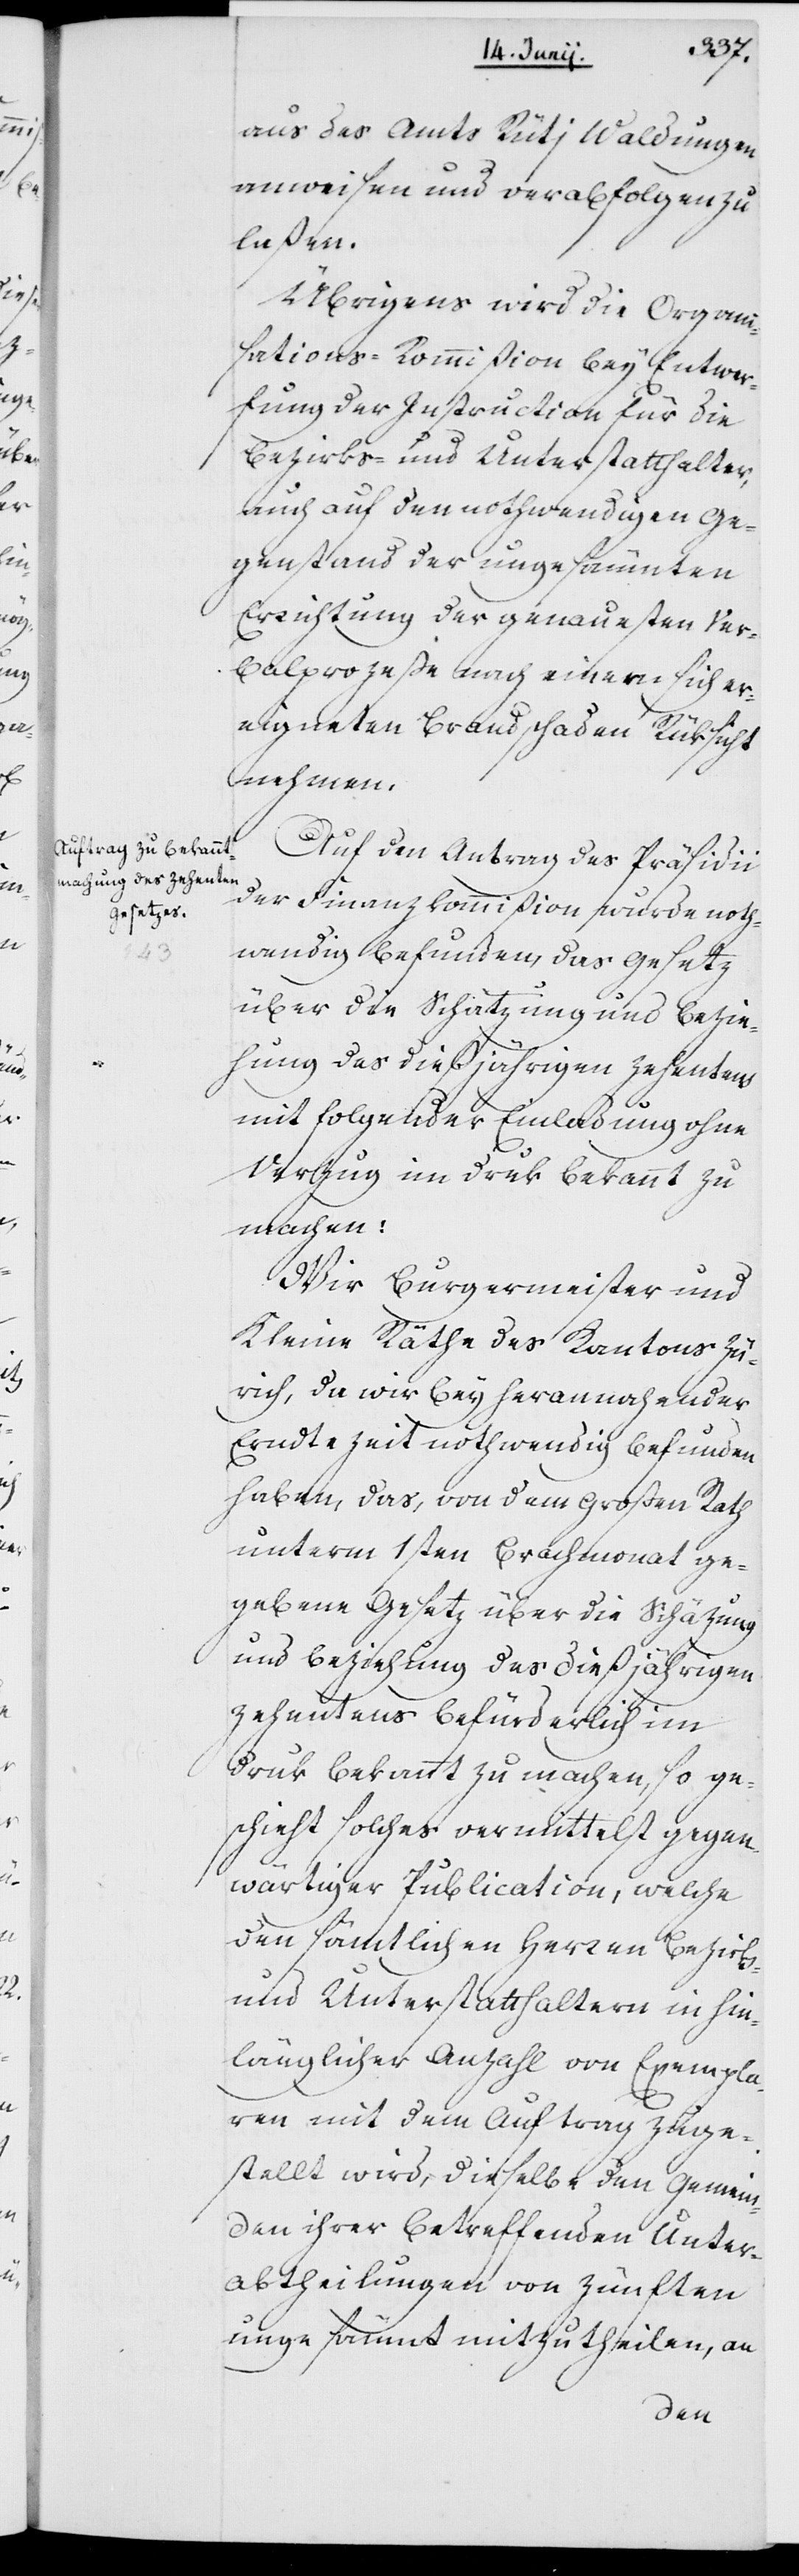
aus des Amts Rütj Waldungen
anweisen und verabfolgen zu
laßen.
Übrigens wird die Organi¬
sations-Kommißion bey Entwer¬
fung der Instruction für die
Bezirks- und Unterstatthalter,
auch auf den nothwendigen Ge¬
genstand der ungesäumten
Errichtung der genauesten Ver¬
balprozeße nach einem sich er¬
eigneten Brandschaden Rüksicht
nehmen.
Auf den Antrag des Präsidii
der Finanzkommißion wurde noth¬
wendig befunden, das Gesetz
über die Schatzung und Bezie¬
hung des dießjährigen Zehentens
mit folgender Einladung ohne
Verzug im Druk bekannt zu
machen:
Wir Burgermeister und
Kleine Räthe des Kantons Zü¬
rich, da wir bey herannahender
Erntezeit nothwendig befunden
haben, das, von dem Großen Rath
unterm 1sten Brachmonat ge¬
gebene Gesetz über die Schäzung
und Beziehung des dießjährigen
Zehentens befürderlich im
Druk bekannt zu machen, so ge¬
schieht solches vermittelst gegen¬
wärtiger Publication, welche
den sämtlichen Herren Bezirks-
und Unterstatthaltern in hin¬
länglicher Anzahl von Exempla¬
ren mit dem Auftrag zuge¬
stellt wird, dieselbe den Gemein¬
den ihrer betreffenden Unter¬
abtheilungen von Zünften
ungesäumt mitzutheilen, an